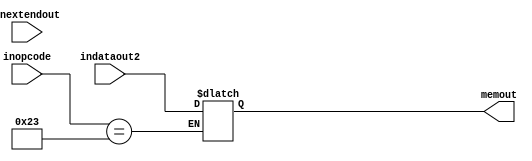
//inopcode gets value from decoder
//inextendout gets velue from sign extend block
//indataout2 gets value from register block
module MemoryBlock(inopcode,inextendout,indataout2,memout);
input [5:0] inopcode;
input [31:0] inextendout;
input [31:0] indataout2;
output [31:0] memout;
reg [31:0] memout;
reg [31:0] memdata [64:0];

initial begin
    memdata[0]=32'b00000000000000000000000000000001;
    memdata[1]=32'b00000000000000000000000000000010;
    memdata[2]=32'b00000000000000000000000000000011;
    memdata[3]=32'b00000000000000000000000000000100;
    memdata[4]=32'b00000000000000000000000000000101;
    memdata[5]=32'b00000000000000000000000000000110;
    memdata[6]=32'b00000000000000000000000000000111;
    memdata[7]=32'b00000000000000000000000000001000;
    memdata[8]=32'b00000000000000000000000000001001;
    memdata[9]=32'b00000000000000000000000000001010;
    memdata[10]=32'b00000000000000000000000000001011;
    memdata[11]=32'b00000000000000000000000000001100;
end

always @ (indataout2 or inextendout or inopcode)
begin
    if(inopcode==6'b101011)//store
    begin
        memdata[inextendout]=indataout2;
    end
	
    if(inopcode==6'b100011)//load
    begin
        memout=memdata[inextendout];
    end
end
endmodule